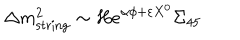
LaTeX: \Delta m _ { \mathrm { s t r i n g } } ^ { 2 } \sim H e ^ { \alpha \phi + \varepsilon X ^ { 0 } } \Sigma _ { 4 5 }